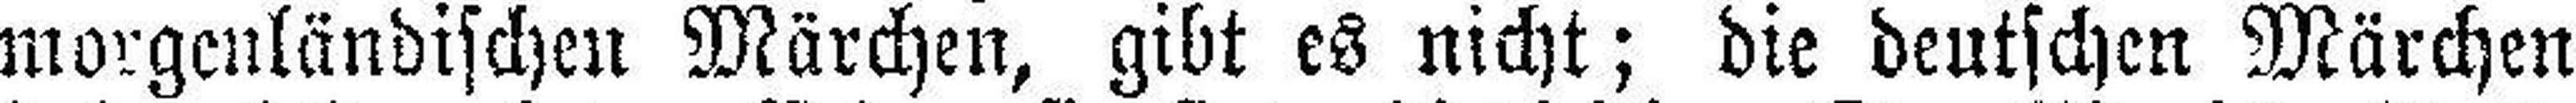
morgenländischen Märchen, gibt es nicht; die deutschen Märchen